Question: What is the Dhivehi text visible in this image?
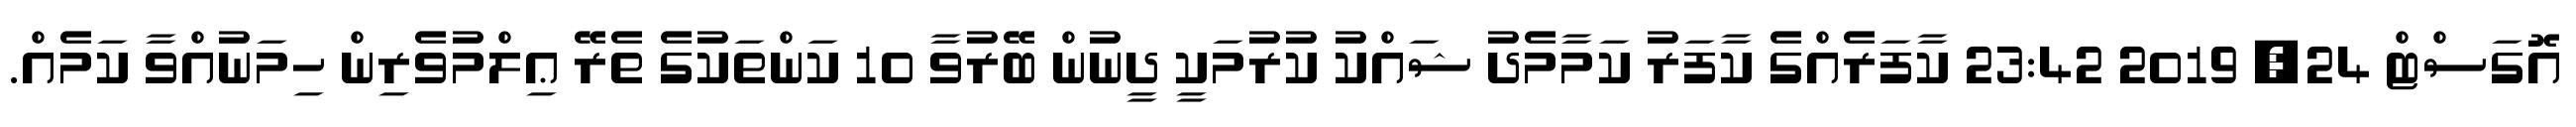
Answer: އޮގަސްޓް 24, 2019 23:42 ކާފަރެއްގެ ކާފަރު ކަމާމެދު ޝައްކު ކުރުމަކީ ދީނުން ބޭރުވާ 10 ކަންތަކުގެ ތެރޭ ޢިލްމުވެރިން ހިމަނުއްވާ ކަމެއް.